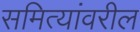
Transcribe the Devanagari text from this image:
समित्यांवरील